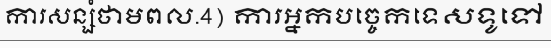
ការសន្សំថាមពល.4) ការអ្នកបច្ចេកទេសទូទៅ